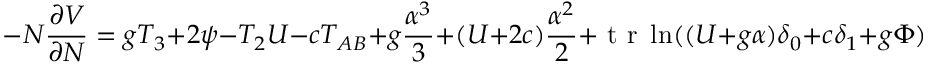
- N { \frac { \partial V } { \partial N } } = g T _ { 3 } + 2 \psi - T _ { 2 } U - c T _ { A B } + g { \frac { \alpha ^ { 3 } } { 3 } } + ( U + 2 c ) { \frac { \alpha ^ { 2 } } { 2 } } + \makebox { t r } \ln ( ( U + g \alpha ) \delta _ { 0 } + c \delta _ { 1 } + g \Phi )